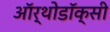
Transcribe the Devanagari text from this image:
ऑर्थोडॉक्सी